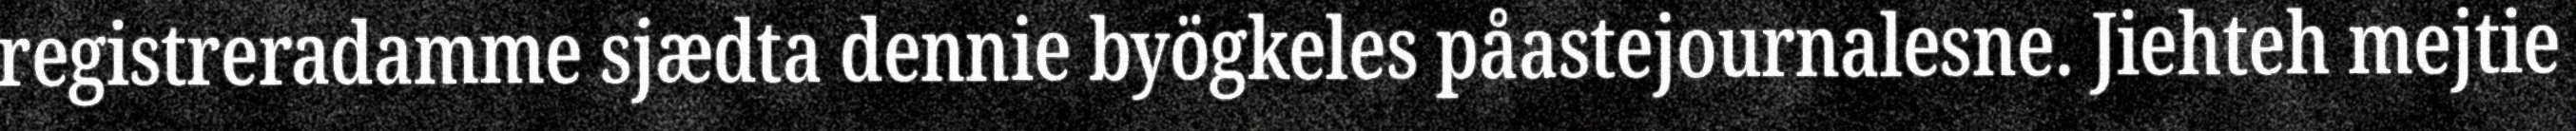
registreradamme sjædta dennie byögkeles påastejournalesne. Jiehteh mejtie